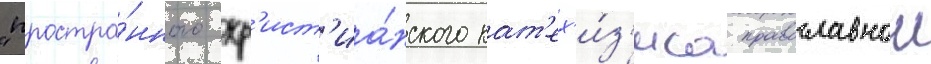
"простра́нного хр'ист'иа́нского кат'ех'и́з'иса православнои